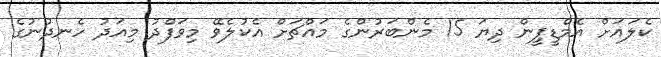
ކެލައަށް އެމްޑީޕީން ދިޔަ 15 މެންބަރުންގެ މައްޗަށް އެކުލެވޭ މިވަފްދު މިއަދު ހެނދުނުގެ